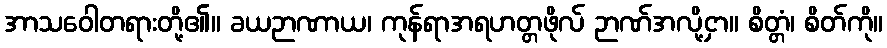
အာသဝေါတရားတို့၏။ ခယဉာဏာယ၊ ကုန်ရာအရဟတ္တဖိုလ် ဉာဏ်အလို့ငှာ။ စိတ္တံ၊ စိတ်ကို။